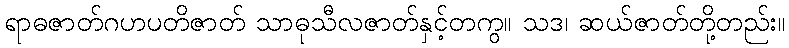
ရာဓဇာတ်ဂဟပတိဇာတ် သာဓုသီလဇာတ်နှင့်တကွ။ သဒ၊ ဆယ်ဇာတ်တို့တည်း။